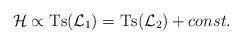
LaTeX: \begin{align*}{\cal H} \propto\mbox{Ts}({\cal L}_1)= \mbox{Ts}({\cal L}_2) +const.\end{align*}